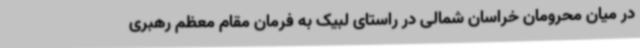
در میان محرومان خراسان شمالی در راستای لبیک به فرمان مقام معظم رهبری